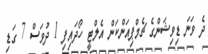
ދެ ވަނަ ޑިވިޝަންގެ ޗެމްޕިއަންކަން އެލްޓީ ހޯދައިފި 1 ދުވަސް 7 ގަޑި